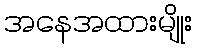
အနေအထားမျိုး